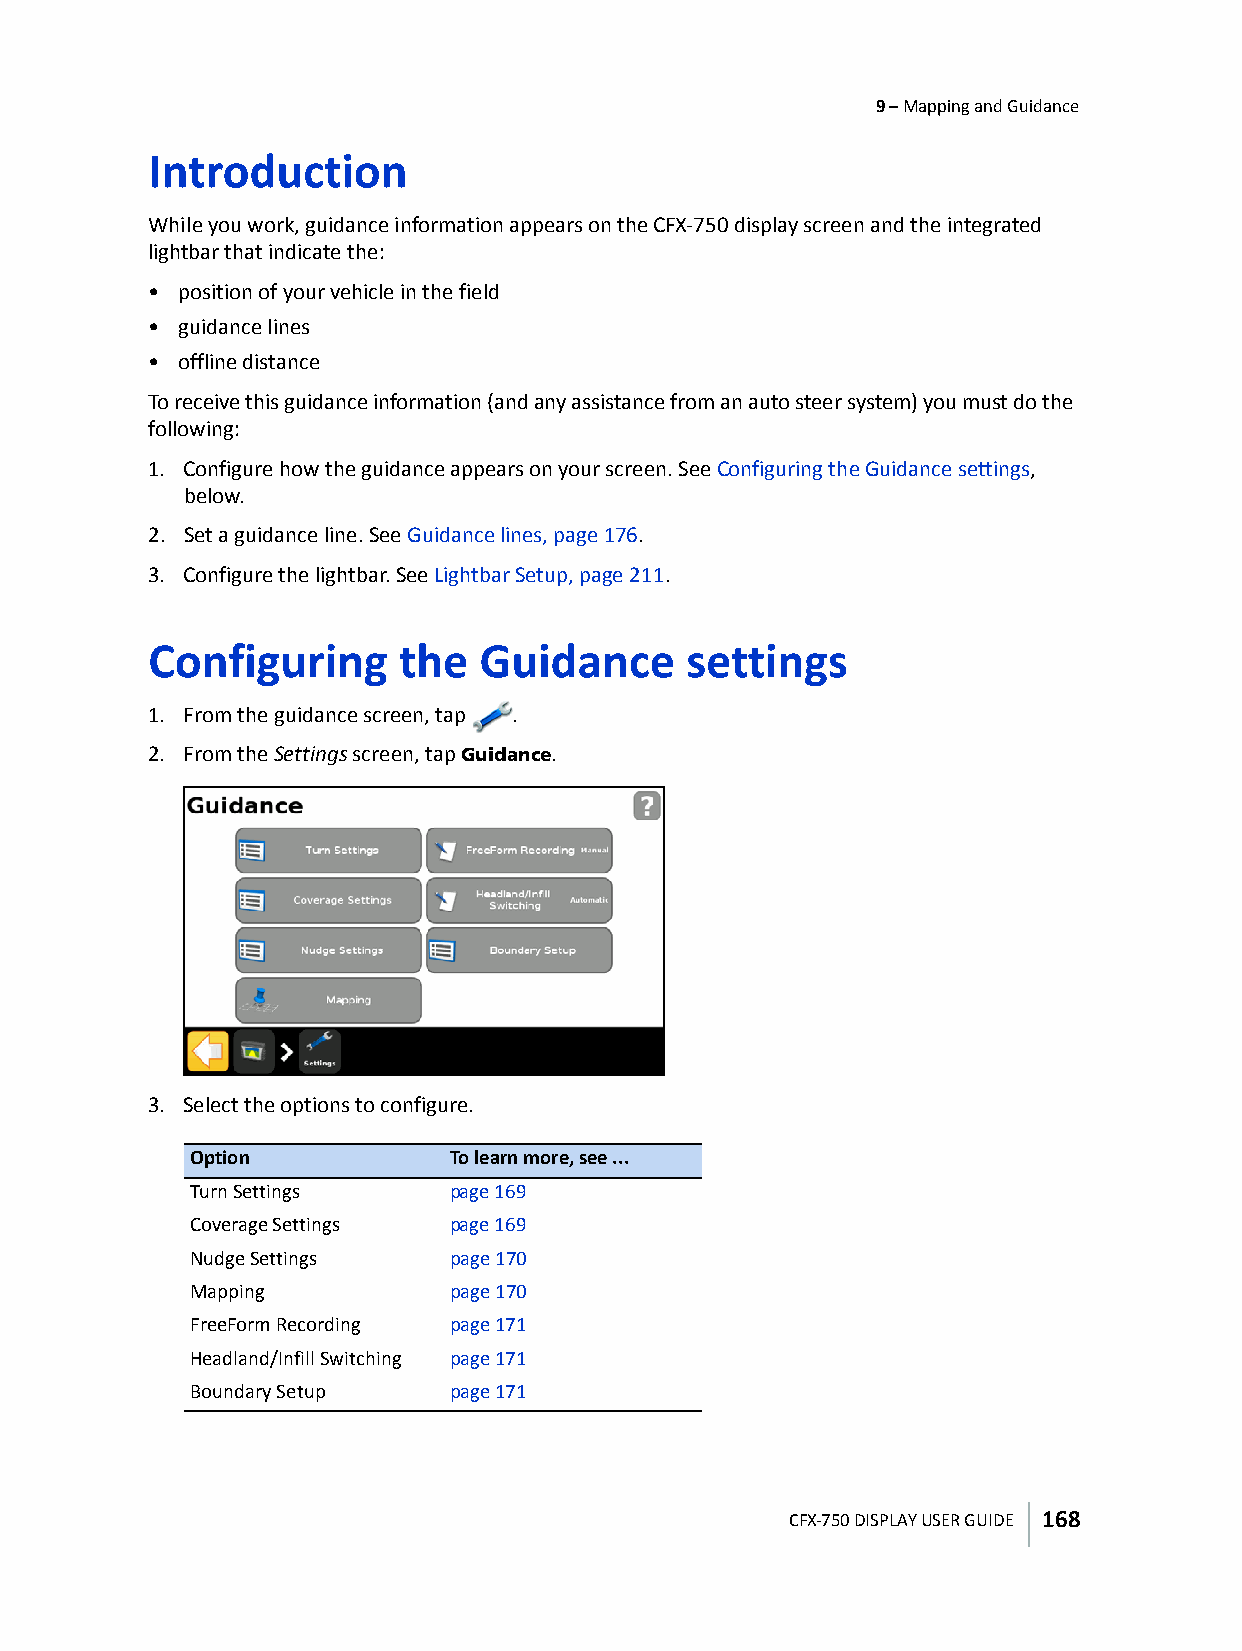
9 – Mapping and Guidance
 Introduction
 While you work, guidance information appears on the CFX-750 display screen and the integrated
 lightbar that indicate the:
 • position of your vehicle in the field
 • guidance lines
 • offline distance
 To receive this guidance information (and any assistance from an auto steer system) you must do the
 following:
 1. Configure how the guidance appears on your screen. See Configuring the Guidance settings,
 below.
 2. Set a guidance line. See Guidance lines, page176.
 3. Configure the lightbar. See Lightbar Setup, page211.
 Configuring      the  Guidance      settings
 1. From the guidance screen, tap .
 2. From the Settings screen, tap Guidance.
 3. Select the options to configure.
 Option           To learn more, see ...
 Turn Settings    page169
 Coverage Settings page169
 Nudge Settings   page170
 Mapping          page170
 FreeForm Recording page171
 Headland/Infill Switching page171
 Boundary Setup   page171
 CFX-750 DISPLAY USER GUIDE 168